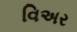
વિઅર